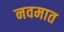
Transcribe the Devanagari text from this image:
नवमात